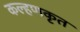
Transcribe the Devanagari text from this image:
कल्हणकृत